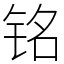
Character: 铭